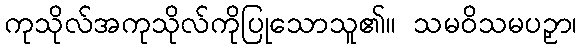
ကုသိုလ်အကုသိုလ်ကိုပြုသောသူ၏။ သမဝိသမပဉှာ၊